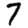
Digit: 7